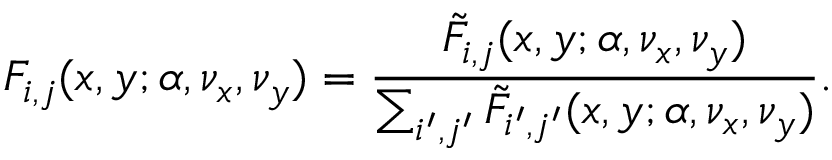
F _ { i , j } ( x , y ; \alpha , \nu _ { x } , \nu _ { y } ) = \frac { \tilde { F } _ { i , j } ( x , y ; \alpha , \nu _ { x } , \nu _ { y } ) } { \sum _ { i ^ { \prime } , j ^ { \prime } } \tilde { F } _ { i ^ { \prime } , j ^ { \prime } } ( x , y ; \alpha , \nu _ { x } , \nu _ { y } ) } .